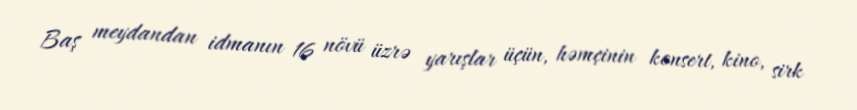
Baş meydandan idmanın 16 növü üzrə yarışlar üçün, həmçinin konsert, kino, sirk